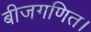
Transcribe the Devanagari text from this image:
बीजगणित।